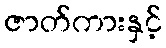
ဇာတ်ကားနှင့်